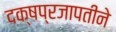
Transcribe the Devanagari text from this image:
दक्षप्रजापतीने